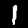
Digit: 1